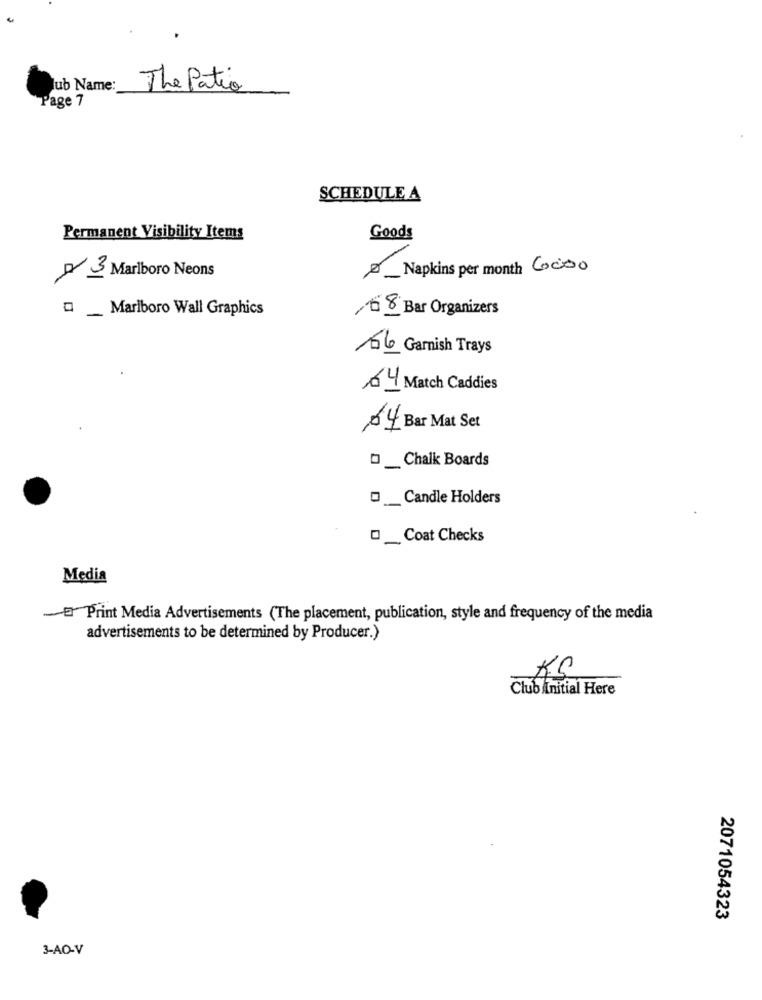
lub Name:
The Patio
Page 7
SCHEDULE A
Permanent Visibility Items
Goods
_Napkins per month Coiso
3 Marlboro Neons
_ Marlboro Wall Graphics
/ 5 Bar Organizers
166 Garnish Trays
64 Match Caddies
64 Bar Mat Set
_Chalk Boards
_ Candle Holders
_Coat Checks
Media
Print Media Advertisements (The placement, publication, style and frequency of the media
advertisements to be determined by Producer.)
Kg
Club initial Here
2071054323
3-AO-V